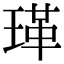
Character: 𭹤